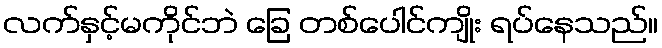
လက်နှင့်မကိုင်ဘဲ ခြေ တစ်ပေါင်ကျိုး ရပ်နေသည်။